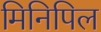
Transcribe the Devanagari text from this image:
मिनिपिल